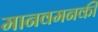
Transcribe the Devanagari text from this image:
मानवमनकी